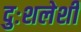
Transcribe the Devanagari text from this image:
दुःशलेशी